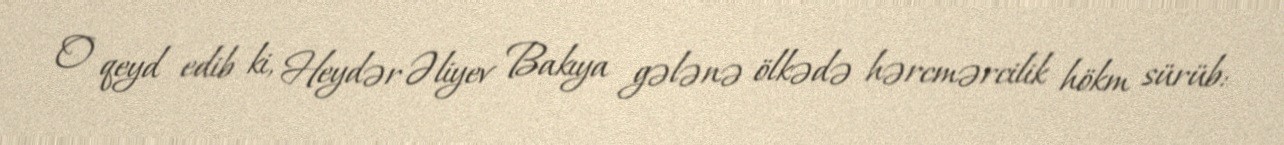
O qeyd edib ki, Heydər Əliyev Bakıya gələnə ölkədə hərcmərcilik hökm sürüb: